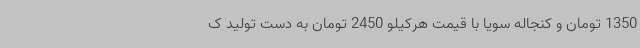
1350 تومان و کنجاله سویا با قیمت هرکیلو 2450 تومان به دست تولید ک